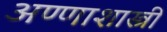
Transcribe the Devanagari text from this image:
अण्णाशास्त्री